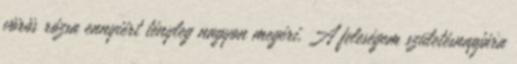
vörös rózsa ennyiért tényleg nagyon megéri. A feleségem születésnapjára